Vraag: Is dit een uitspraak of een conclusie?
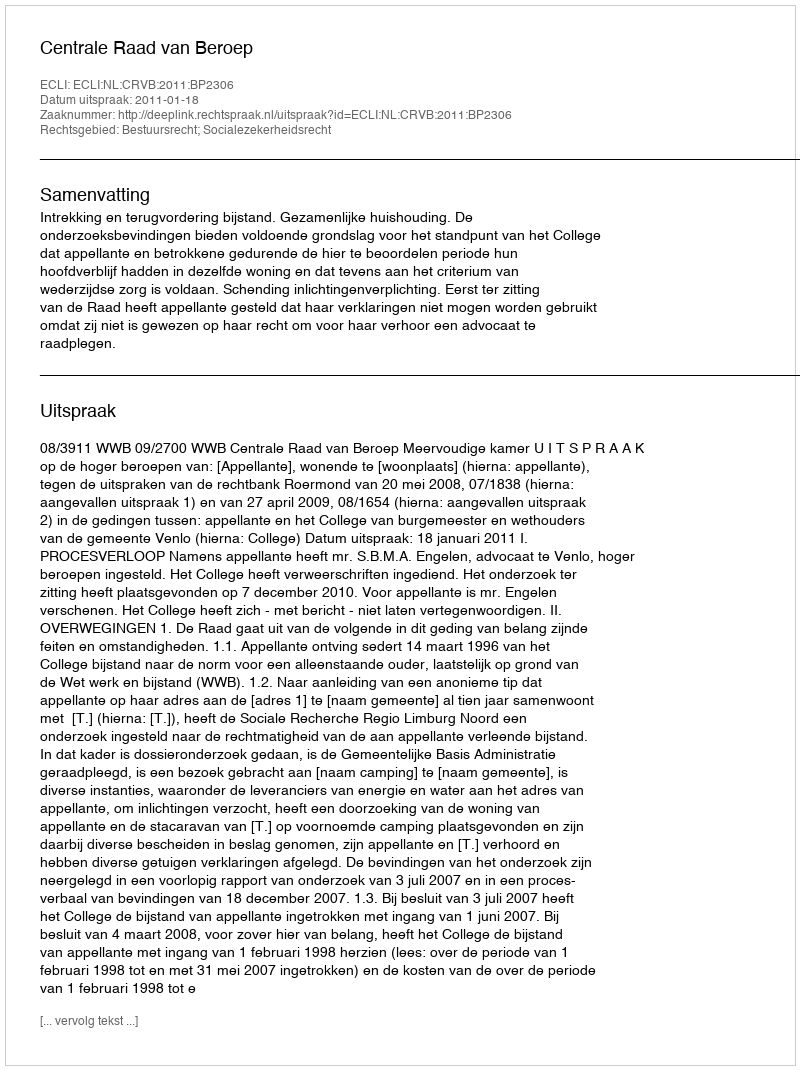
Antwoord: Uitspraak